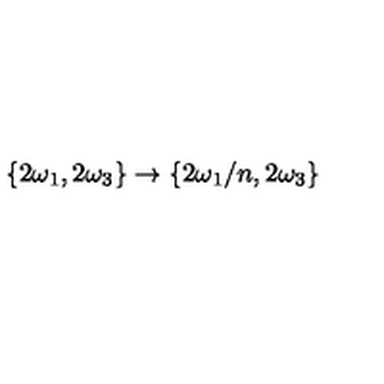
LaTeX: \{ 2 \omega _ { 1 } , 2 \omega _ { 3 } \} \to \{ 2 \omega _ { 1 } / n , 2 \omega _ { 3 } \}